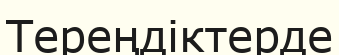
Тереңдіктерде